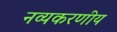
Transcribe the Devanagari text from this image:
नव्यकरणीय